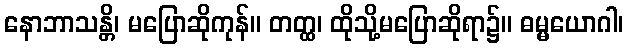
နောဘာသန္တိ၊ မပြောဆိုကုန်။ တတ္ထ၊ ထိုသို့မပြောဆိုရာ၌။ ဓမ္မယောဂါ၊